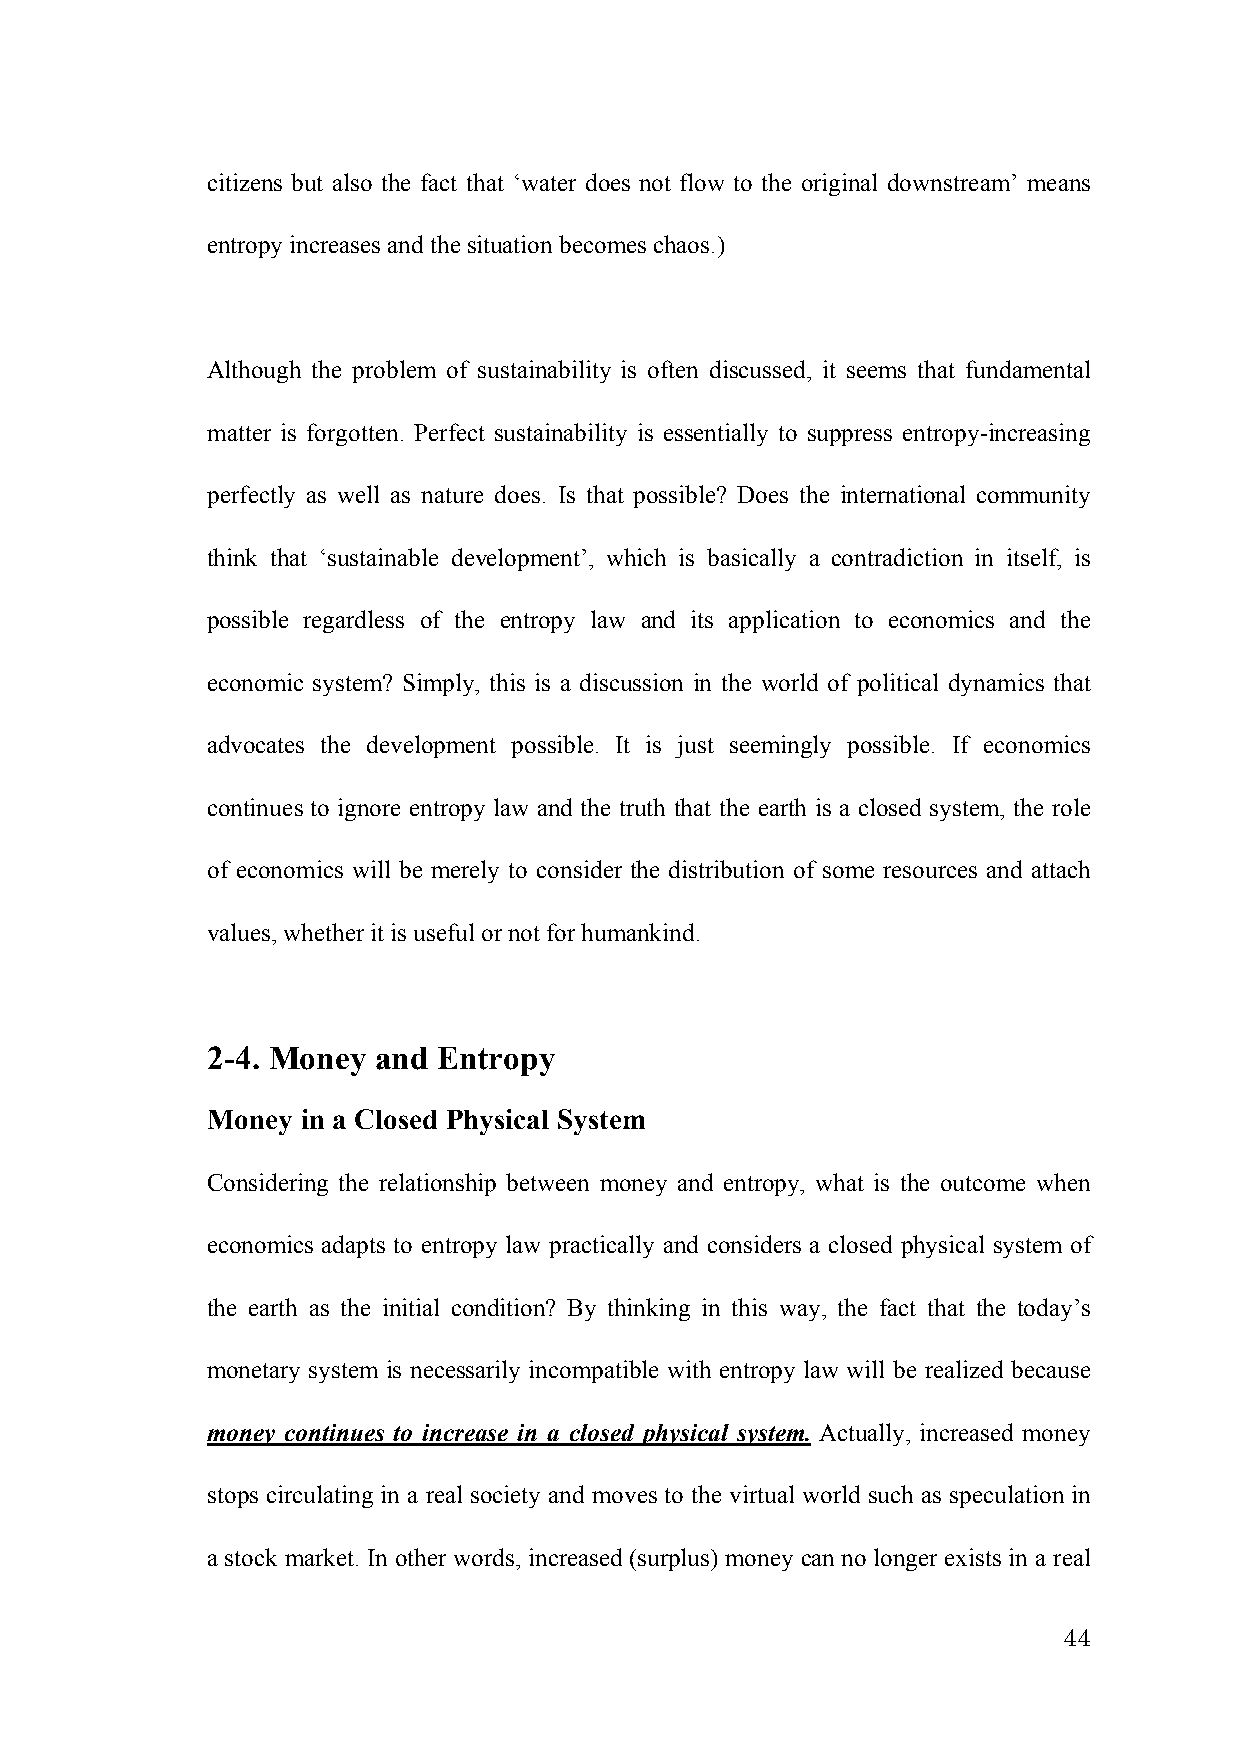
citizens but also the fact that ‘water does not flow to the original downstream’ means
 entropy increases and the situation becomes chaos.)
 Although the problem of sustainability is often discussed, it seems that fundamental
 matter is forgotten. Perfect sustainability is essentially to suppress entropy-increasing
 perfectly as well as nature does. Is that possible? Does the international community
 think that ‘sustainable development’, which is basically a contradiction in itself, is
 possible regardless of the entropy law and its application to economics and the
 economic system? Simply, this is a discussion in the world of political dynamics that
 advocates the development possible. It is just seemingly possible. If economics
 continues to ignore entropy law and the truth that the earth is a closed system, the role
 of economics will be merely to consider the distribution of some resources and attach
 values, whether it is useful or not for humankind.
 2-4. Money and Entropy
 Money in a Closed Physical System
 Considering the relationship between money and entropy, what is the outcome when
 economics adapts to entropy law practically and considers a closed physical system of
 the earth as the initial condition? By thinking in this way, the fact that the today’s
 monetary system is necessarily incompatible with entropy law will be realized because
 money continues to increase in a closed physical system. Actually, increased money
 stops circulating in a real society and moves to the virtual world such as speculation in
 a stock market. In other words, increased (surplus) money can no longer exists in a real
 44